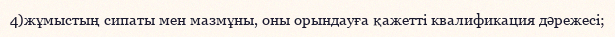
4)жұмыстың сипаты мен мазмұны, оны орындауға қажетті квалификация дәрежесі;